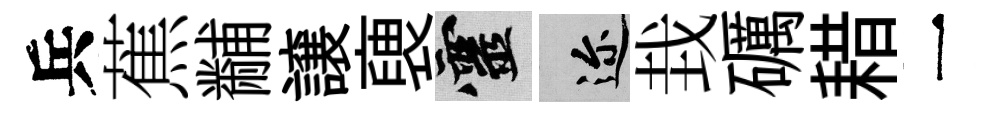
兵蕉黼譲褏靈邇㘽礪耤一